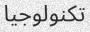
تكنولوجیا